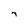
Character: 7